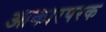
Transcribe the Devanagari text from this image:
आकारपरक